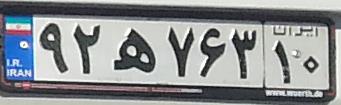
۹۲ه۷۶۳۱۰